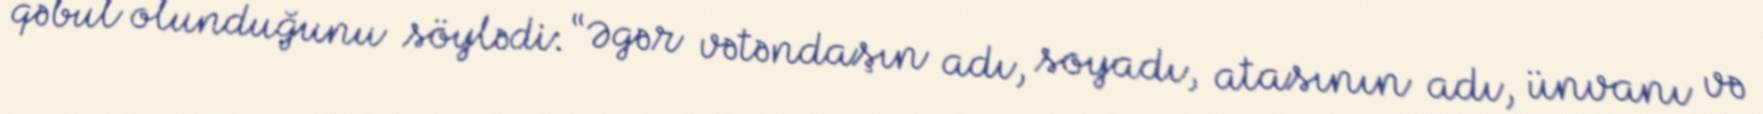
qəbul olunduğunu söylədi: “Əgər vətəndaşın adı, soyadı, atasının adı, ünvanı və